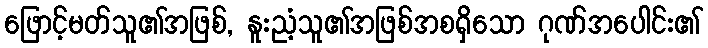
ဖြောင့်မတ်သူ၏အဖြစ်, နူးညံ့သူ၏အဖြစ်အစရှိသော ဂုဏ်အပေါင်း၏